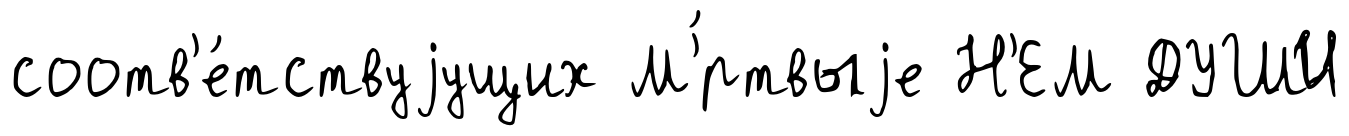
соотв'е́тствуjущих М'́ртвыjе Н'ЕМ ДУШИ